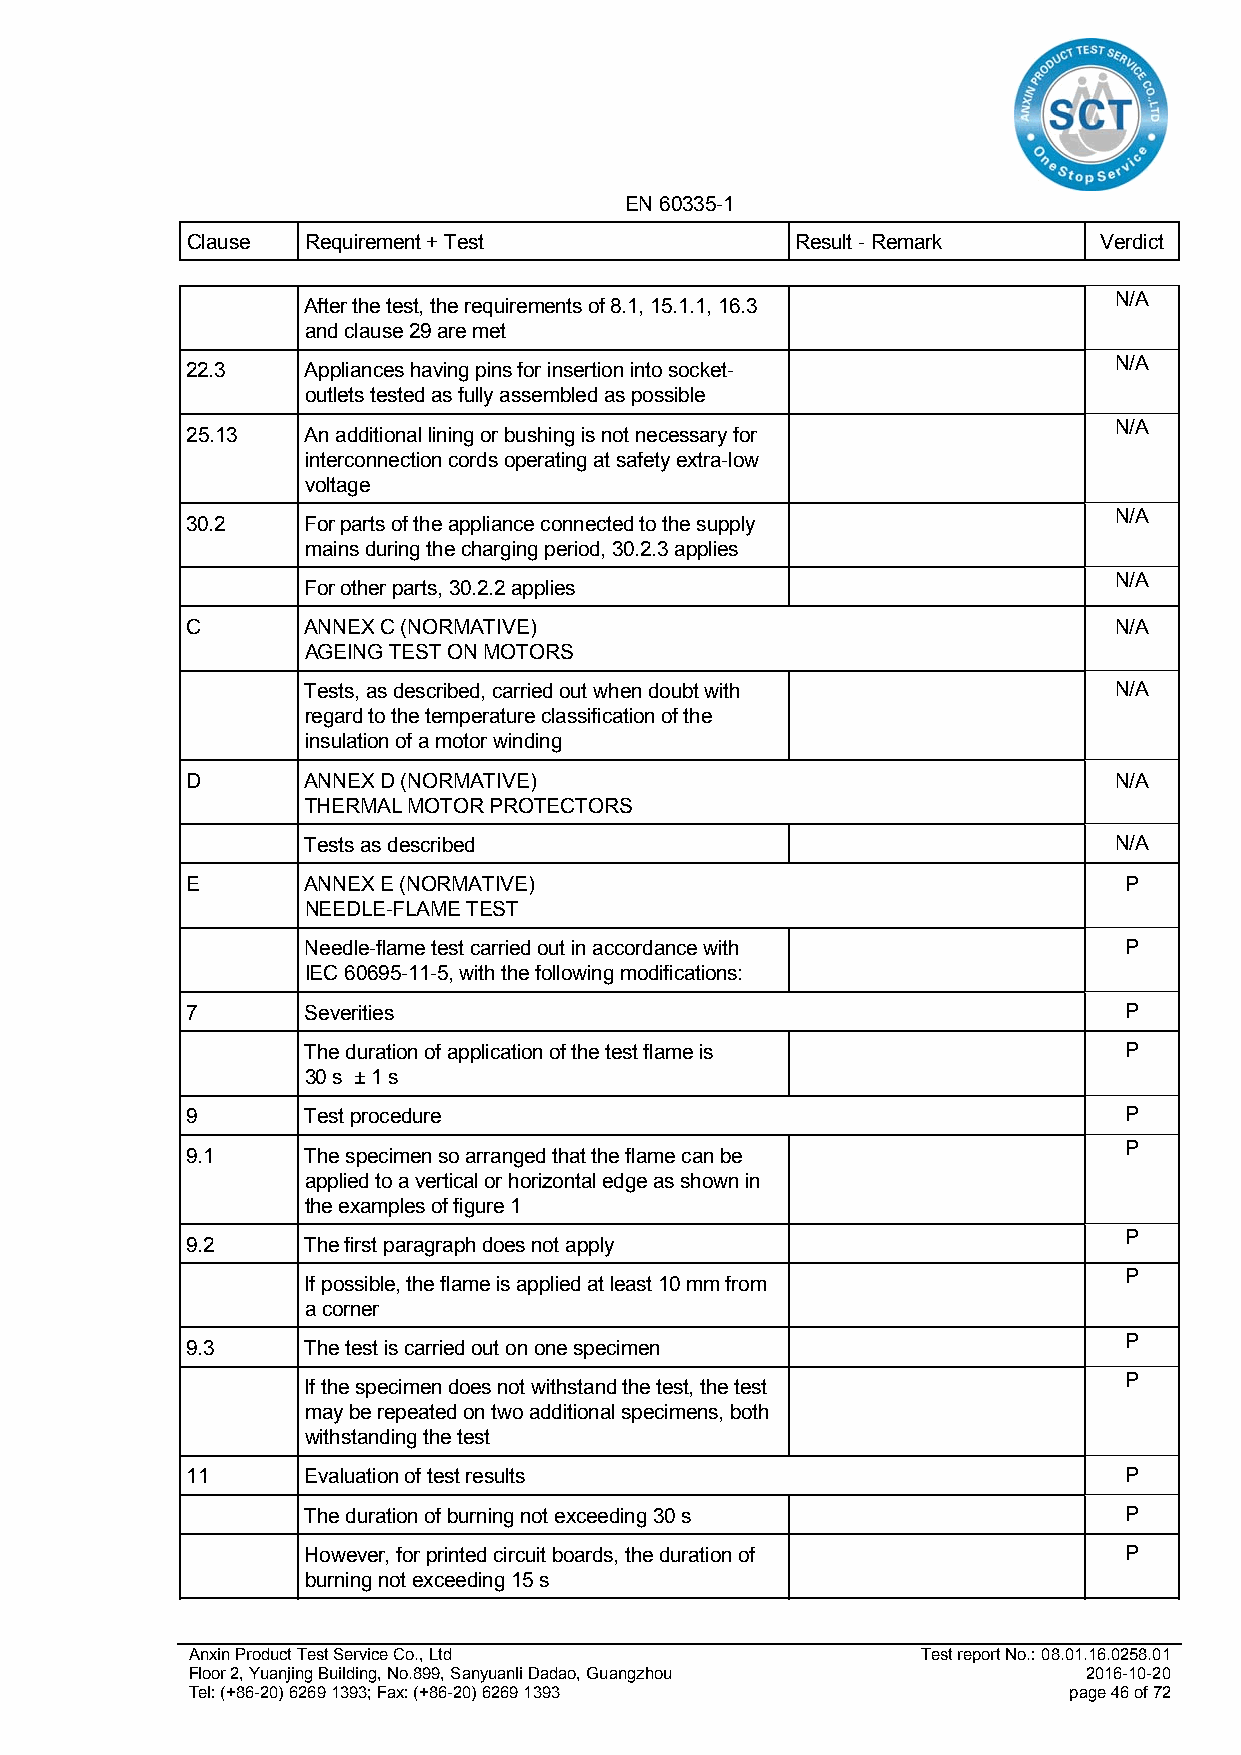
EN 60335-1
 Clause  Requirement + Test               Result - Remark     Verdict
 N/A
 After the test, the requirements of 8.1, 15.1.1, 16.3
 and clause 29 are met
 N/A
 22.3    Appliances having pins for insertion into socket-
 outlets tested as fully assembled as possible
 N/A
 25.13   An additional lining or bushing is not necessary for
 interconnection cords operating at safety extra-low
 voltage
 N/A
 30.2    For parts of the appliance connected to the supply
 mains during the charging period, 30.2.3 applies
 N/A
 For other parts, 30.2.2 applies
 C       ANNEX C (NORMATIVE)                                   N/A
 AGEING TEST ON MOTORS
 Tests, as described, carried out when doubt with      N/A
 regard to the temperature classification of the
 insulation of a motor winding
 D       ANNEX D (NORMATIVE)                                   N/A
 THERMAL MOTOR PROTECTORS
 Tests as described                                    N/A
 E       ANNEX E (NORMATIVE)                                   P
 NEEDLE-FLAME TEST
 Needle-flame test carried out in accordance with      P
 IEC 60695-11-5, with the following modifications:
 7       Severities                                            P
 The duration of application of the test flame is      P
 30 s ± 1 s
 9       Test procedure                                        P
 P
 9.1     The specimen so arranged that the flame can be
 applied to a vertical or horizontal edge as shown in
 the examples of figure 1
 P
 9.2     The first paragraph does not apply
 P
 If possible, the flame is applied at least 10 mm from
 a corner
 P
 9.3     The test is carried out on one specimen
 P
 If the specimen does not withstand the test, the test
 may be repeated on two additional specimens, both
 withstanding the test
 11      Evaluation of test results                            P
 The duration of burning not exceeding 30 s            P
 However, for printed circuit boards, the duration of  P
 burning not exceeding 15 s
 Anxin Product Test Service Co., Ltd              Test report No.: 08.01.16.0258.01
 Floor 2, Yuanjing Building, No.899, Sanyuanli Dadao, Guangzhou 2016-10-20
 Tel: (+86-20) 6269 1393; Fax: (+86-20) 6269 1393           page 46 of 72